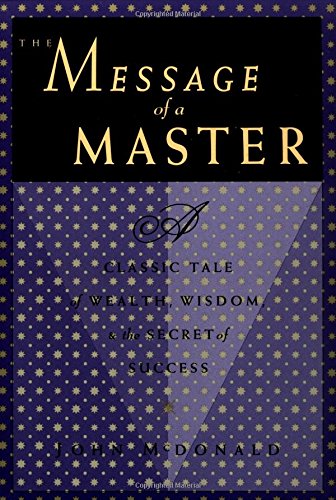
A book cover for The Message of a Master; John McDonald; Politics & Social Sciences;